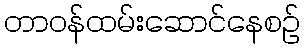
တာဝန်ထမ်းဆောင်နေစဉ်